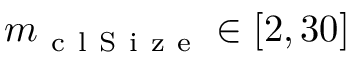
m _ { \mathrm { ~ c ~ l ~ S ~ i ~ z ~ e ~ } } \in \left[ 2 , 3 0 \right]